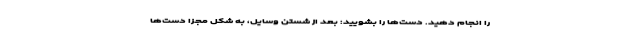
را انجام دهید. دست‌ها را بشویید: بعد از شستن وسایل، به شکل مجزا دست‌ها